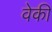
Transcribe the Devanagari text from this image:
वेकी